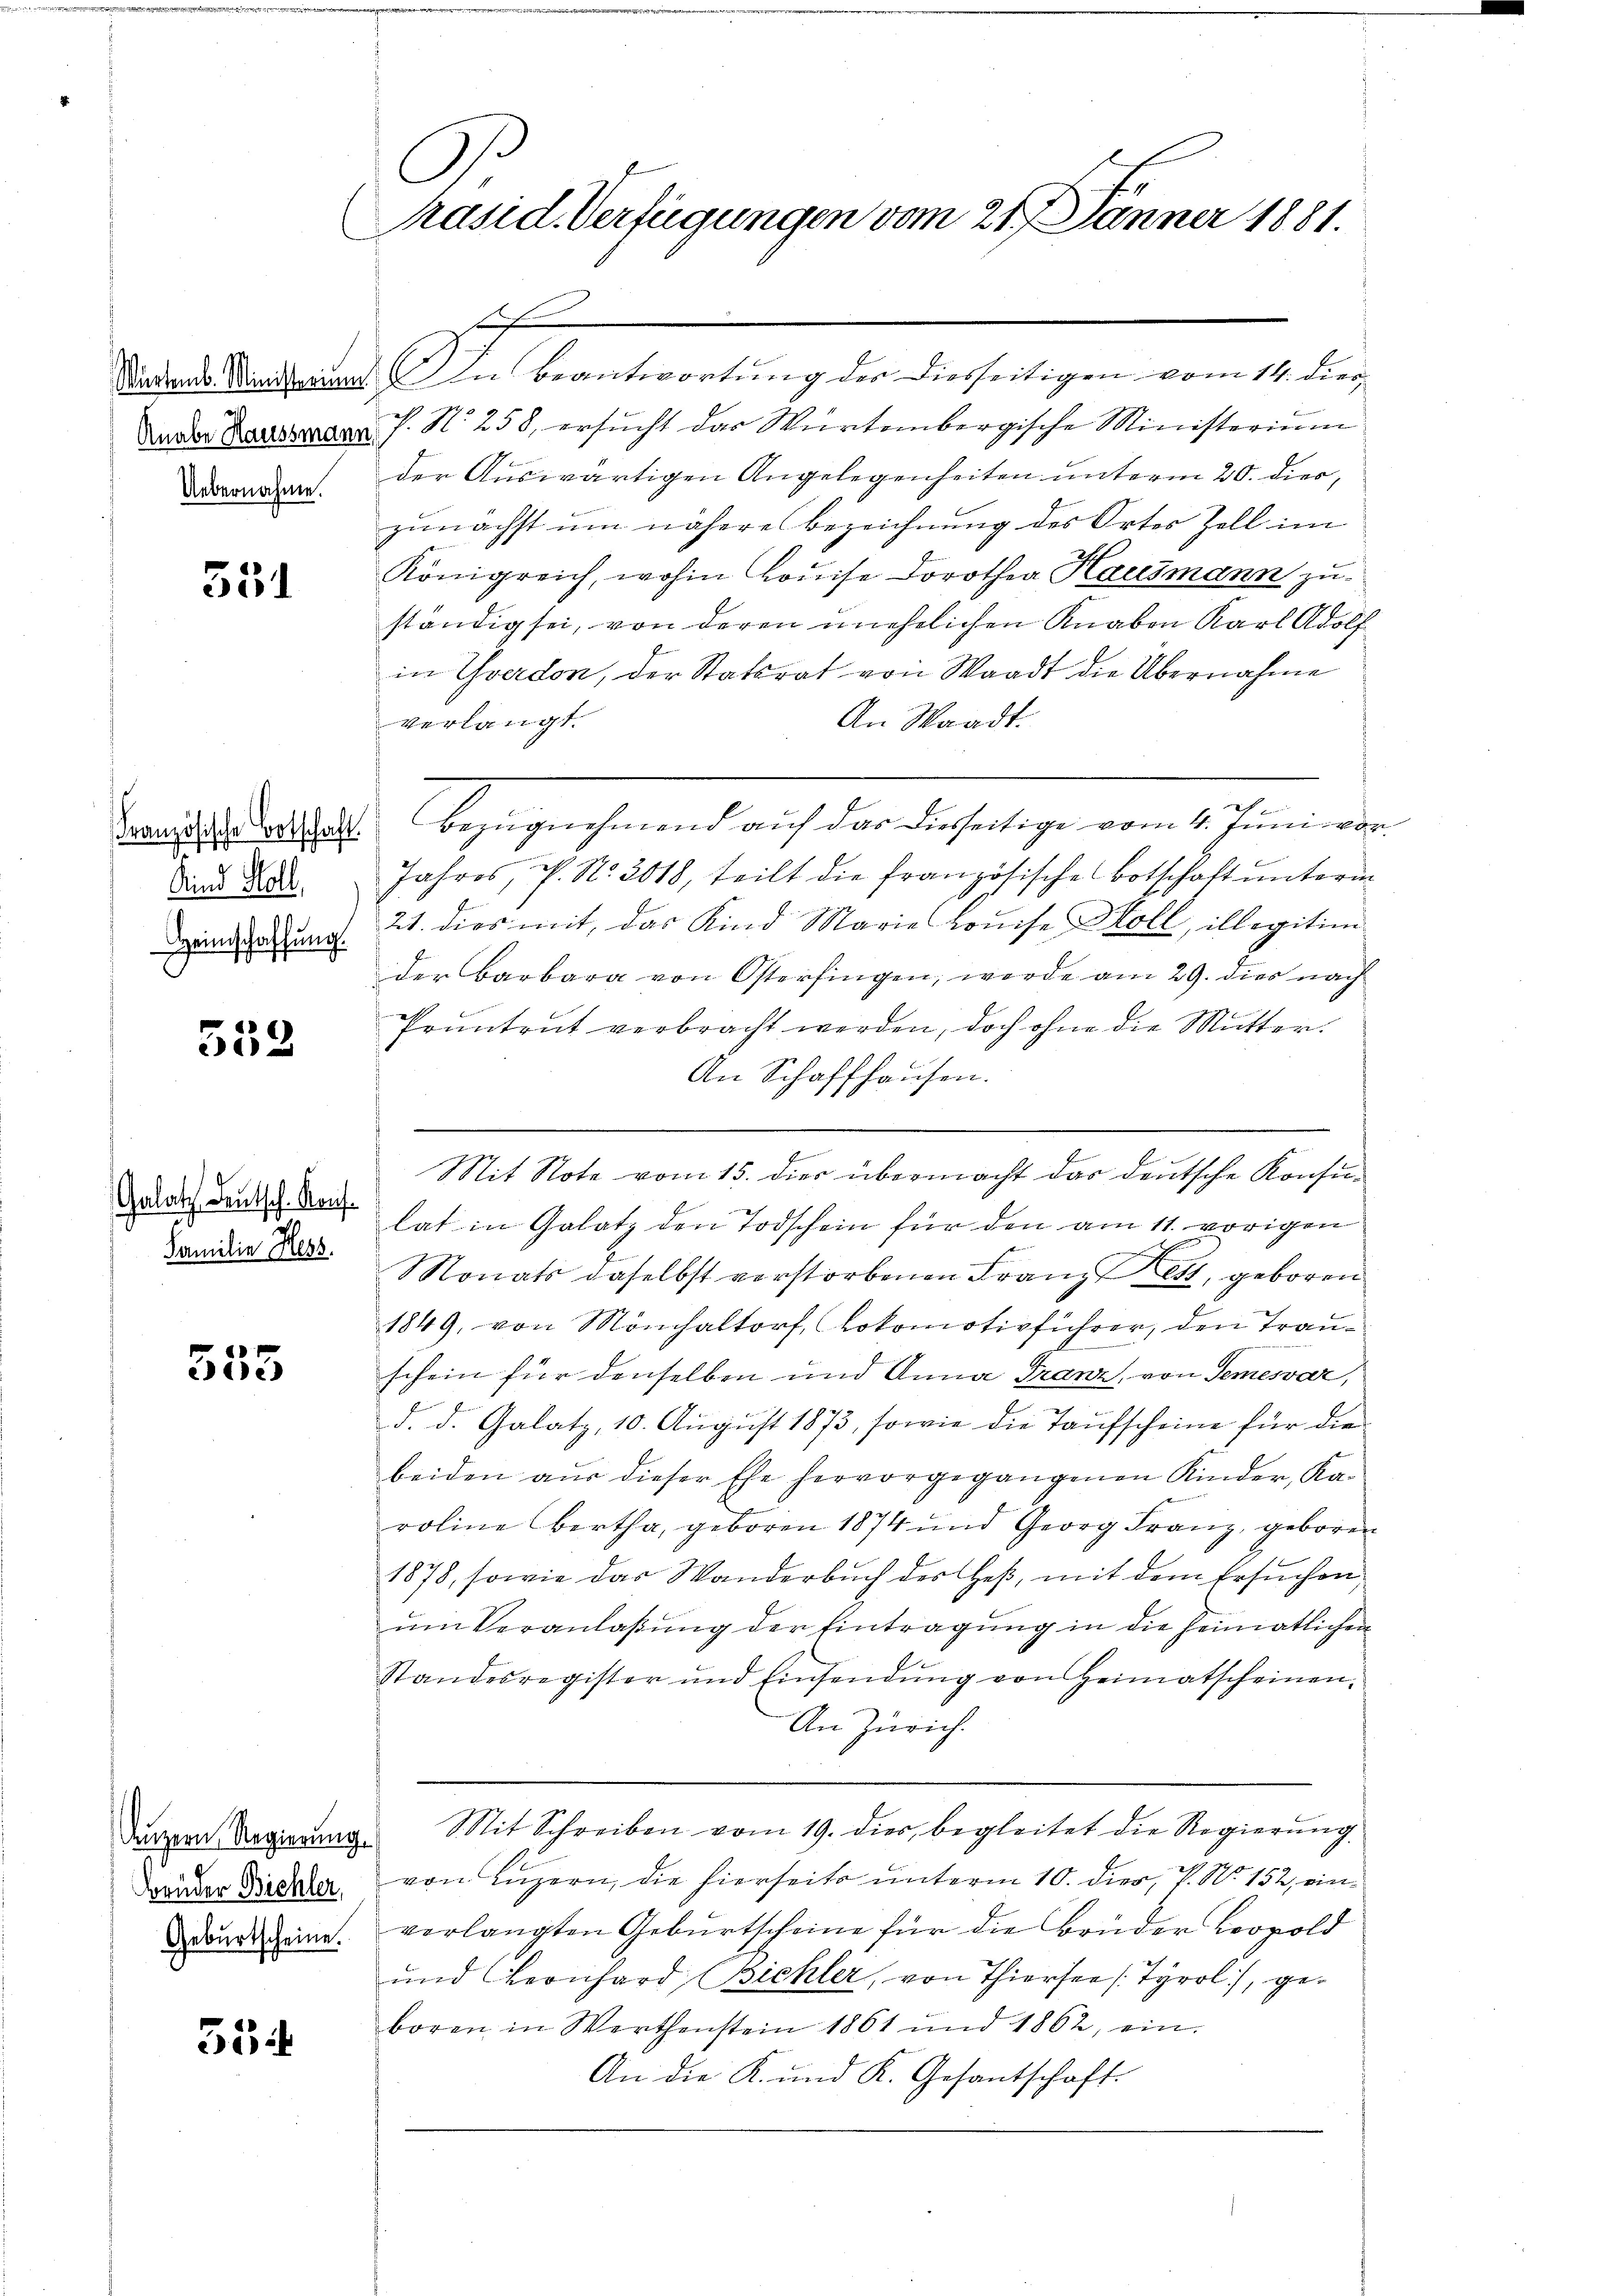
551

Kind Koll
Heimschaffung.

552

Galatz deutsch. Kauf¬
Familie Hess

555

Deuzern, Regierung.
Brüder Bichler,
Geburtscheine.

53

G
Präsid. Verfügungen vom 21. Jänner 1881.

c

Südende Stadtrat. In Beantwortung der diesseitigen vom 14. dies
Aador Haussagen. J. N. 258, ersŭcht das Würtembergische Ministerium
erdach. Der Auswärtigen Angelegenheiten unterm 20. dies,
zunächst um näheres Bezeichnung des Ortes Zell im
Königreich, wohin Louise Dorothea Hausmann zuständig sei, von deren unehelichen Knaben Karl Adolf
in Yverdon, der Stattrat von Waadt die Übernahme
An Waadt.
verlangt.
 1890 Abzugehenen auch der bisherige von Schimmenden
Jahres, P. Nr. 2018, teilt die französische Botschaft unterm
21. dies mit, das Kind Marie Louise Holl, illegitim
der Barbara von Osterfingen, werde am 29. dies nach
Pruntrut verbracht werden, doch ohne die Mutter
An Schaffhausen.
m
lat in Galatz den Todschein für den am 11. vorigen
Monats daselbst verstorbenen Franz fest, geboren
1849, von Mönchaltorf, Lokomotivführer, den Trauschein für denselben und Anna Franz, von Semesvár,
d. d. Galatz, 10. August 1873, sowie die Taufscheine für die
beiden aus dieser Ehe hervorgegangenen Kinder, Ka-
roline Bertha, geboren 1874 und Georg Franz, geboren
1878, sowie das Wanderbuch des Heß, mit dem Ersuchen
ŭm Veranlaβŭng der Eintragŭng in die Heimatlichen
E
Standesregister und Einsendŭng von Heimatscheinen.
An Zürich.
Mit Schreiben vom 19. dies begleitet die Regierung
von Luzern, die hierseits unterm 10. dies, P. N. 152, einverlangten Geburtscheine für die Brüder Leopold
und Leonhard Bichler, von Thiersee Tyrol, geboren in Werthenstein 1861 und 1862, ein.
An die K. und K. Gesantschaft.

.
E
Mit Note vom 15. dies übermacht das deutsche Konsu¬